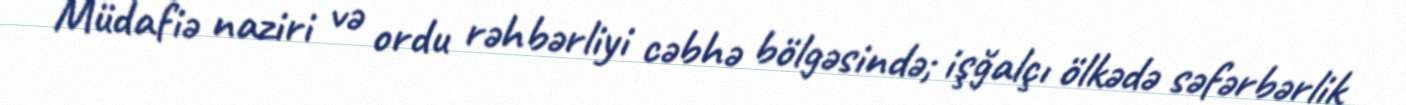
Müdafiə naziri və ordu rəhbərliyi cəbhə bölgəsində; işğalçı ölkədə səfərbərlik